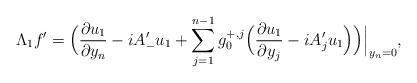
LaTeX: \begin{align*}\Lambda_1f'=\Big(\frac{\partial u_1}{\partial y_n}-iA_-'u_1+\sum_{j=1}^{n-1} g_0^{+,j}\Big(\frac{\partial u_1}{\partial y_j}-iA_j'u_1\Big)\Big)\Big|_{y_n=0},\end{align*}